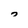
Character: 7